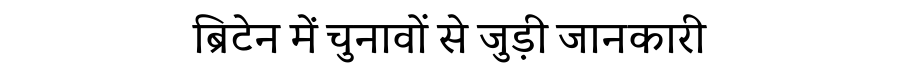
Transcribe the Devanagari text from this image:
ब्रिटेन में चुनावों से जुड़ी जानकारी